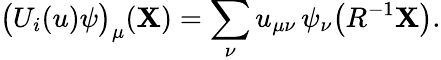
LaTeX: \bigl(U_{i}(u)\psi\bigr)_{\mu}({\mathbf{X}})=\sum_{\nu}u_{\mu\nu}\, \psi_{\nu}\bigl(R^{-1}{\mathbf{X}}\bigr).